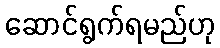
ဆောင်ရွက်ရမည်ဟု